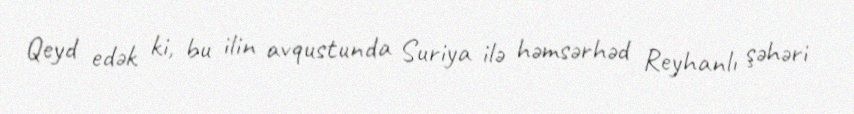
Qeyd edək ki, bu ilin avqustunda Suriya ilə həmsərhəd Reyhanlı şəhəri